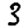
Digit: 3